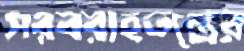
সরবরাহতন্ত্রের